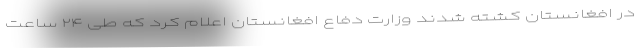
در افغانستان کشته شدند وزارت دفاع افغانستان اعلام کرد که طی ۲۴ ساعت